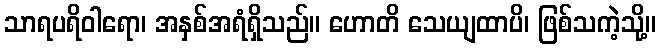
သာရပရိဝါရော၊ အနှစ်အရံရှိသည်။ ဟောတိ သေယျထာပိ၊ ဖြစ်သကဲ့သို့။